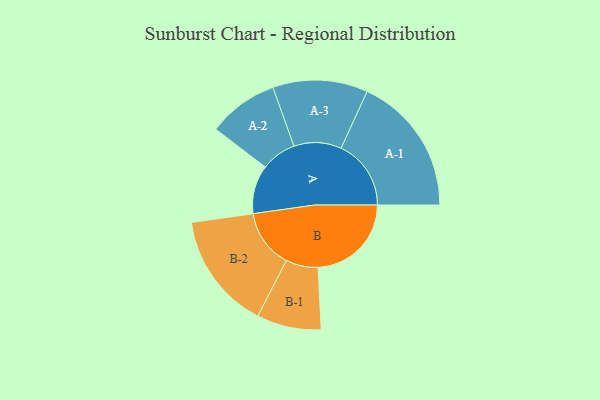
{"axis": {"x": "Segment", "y": "Value"}, "legend": ["", "A", "B"], "data": [{"x": "A", "y": 175, "type": ""}, {"x": "B", "y": 336, "type": ""}, {"x": "A-1", "y": 252, "type": "A"}, {"x": "A-2", "y": 127, "type": "A"}, {"x": "A-3", "y": 171, "type": "A"}, {"x": "B-1", "y": 116, "type": "B"}, {"x": "B-2", "y": 211, "type": "B"}]}